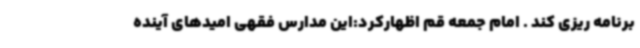
برنامه ریزی کند . امام جمعه قم اظهارکرد:این مدارس فقهی امیدهای آینده